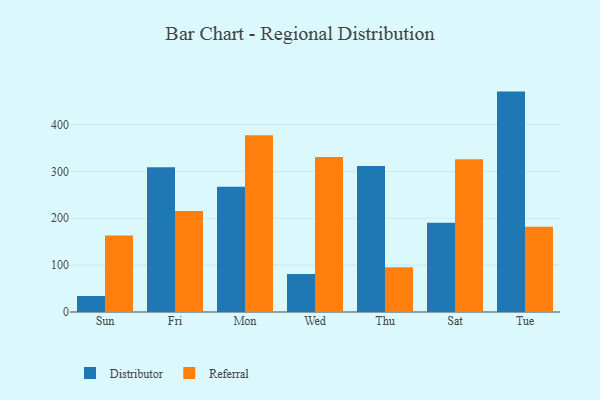
{"axis": {"x": "Day", "y": "Active Users"}, "legend": ["Distributor", "Referral"], "data": [{"x": "Sun", "y": 34.2, "type": "Distributor"}, {"x": "Sun", "y": 163.2, "type": "Referral"}, {"x": "Fri", "y": 308.8, "type": "Distributor"}, {"x": "Fri", "y": 215.5, "type": "Referral"}, {"x": "Mon", "y": 267.1, "type": "Distributor"}, {"x": "Mon", "y": 377.0, "type": "Referral"}, {"x": "Wed", "y": 81.0, "type": "Distributor"}, {"x": "Wed", "y": 330.8, "type": "Referral"}, {"x": "Thu", "y": 311.8, "type": "Distributor"}, {"x": "Thu", "y": 95.5, "type": "Referral"}, {"x": "Sat", "y": 190.3, "type": "Distributor"}, {"x": "Sat", "y": 326.1, "type": "Referral"}, {"x": "Tue", "y": 470.3, "type": "Distributor"}, {"x": "Tue", "y": 182.0, "type": "Referral"}]}